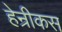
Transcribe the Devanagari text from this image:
हेन्रीकस